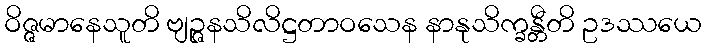
ဝိဇ္ဇမာနေသူတိ ဗျဉ္ဇနသိလိဋ္ဌတာဝသေန နာနုသိက္ခန္တီတိ ဥဒဿယေ